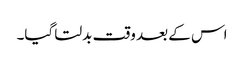
اس کے بعد وقت بدلتا گیا۔